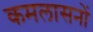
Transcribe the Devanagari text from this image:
कमलासनों